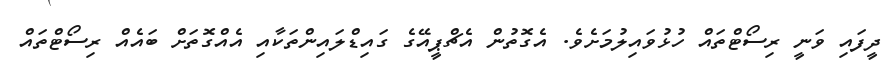
ދީފައި ވަނީ ރިސޯޓްތައް ހުޅުވައިލުމަށެވެ. އެގޮތުން އެޗްޕީއޭގެ ގައިޑްލައިންތަކާއި އެއްގޮތަށް ބައެއް ރިސޯޓްތައް